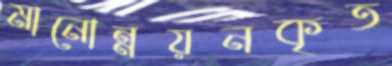
মানোন্নয়নকৃত